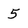
Character: 5